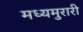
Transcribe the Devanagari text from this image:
मध्यमुरारी